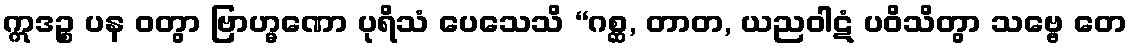
ဣဒဉ္စ ပန ဝတွာ ဗြာဟ္မဏော ပုရိသံ ပေသေသိ “ဂစ္ဆ, တာတ, ယညဝါဋံ ပဝိသိတွာ သဗ္ဗေ တေ